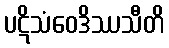
ပဋိသံဝေဒိဿသီတိ